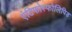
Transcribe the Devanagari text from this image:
एंटिफोस्फोलिपिड